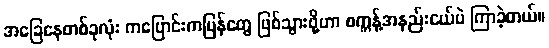
အခြေနေတစ်ခုလုံး ကပြောင်းကပြန်တွေ ဖြစ်သွားဖို့ဟာ စက္ကန့်အနည်းငယ်ပဲ ကြာခဲ့တယ်။